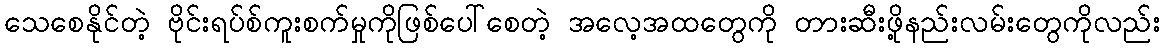
သေစေနိုင်တဲ့ ဗိုင်းရပ်စ်ကူးစက်မှုကိုဖြစ်ပေါ်စေတဲ့ အလေ့အထတွေကို တားဆီးဖို့နည်းလမ်းတွေကိုလည်း